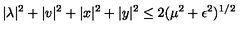
| \lambda | ^ { 2 } + | v | ^ { 2 } + | x | ^ { 2 } + | y | ^ { 2 } \leq 2 ( \mu ^ { 2 } + \epsilon ^ { 2 } ) ^ { 1 / 2 }